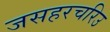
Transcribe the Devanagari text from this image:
जसहरचरिउ